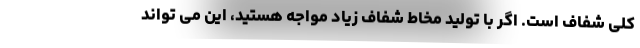
کلی شفاف است. اگر با تولید مخاط شفاف زیاد مواجه هستید، این می تواند